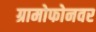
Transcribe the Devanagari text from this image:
ग्रामोफोनवर